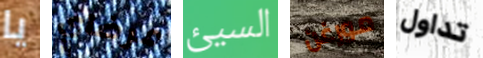
يا مرضاي السيئ مورغن تداول